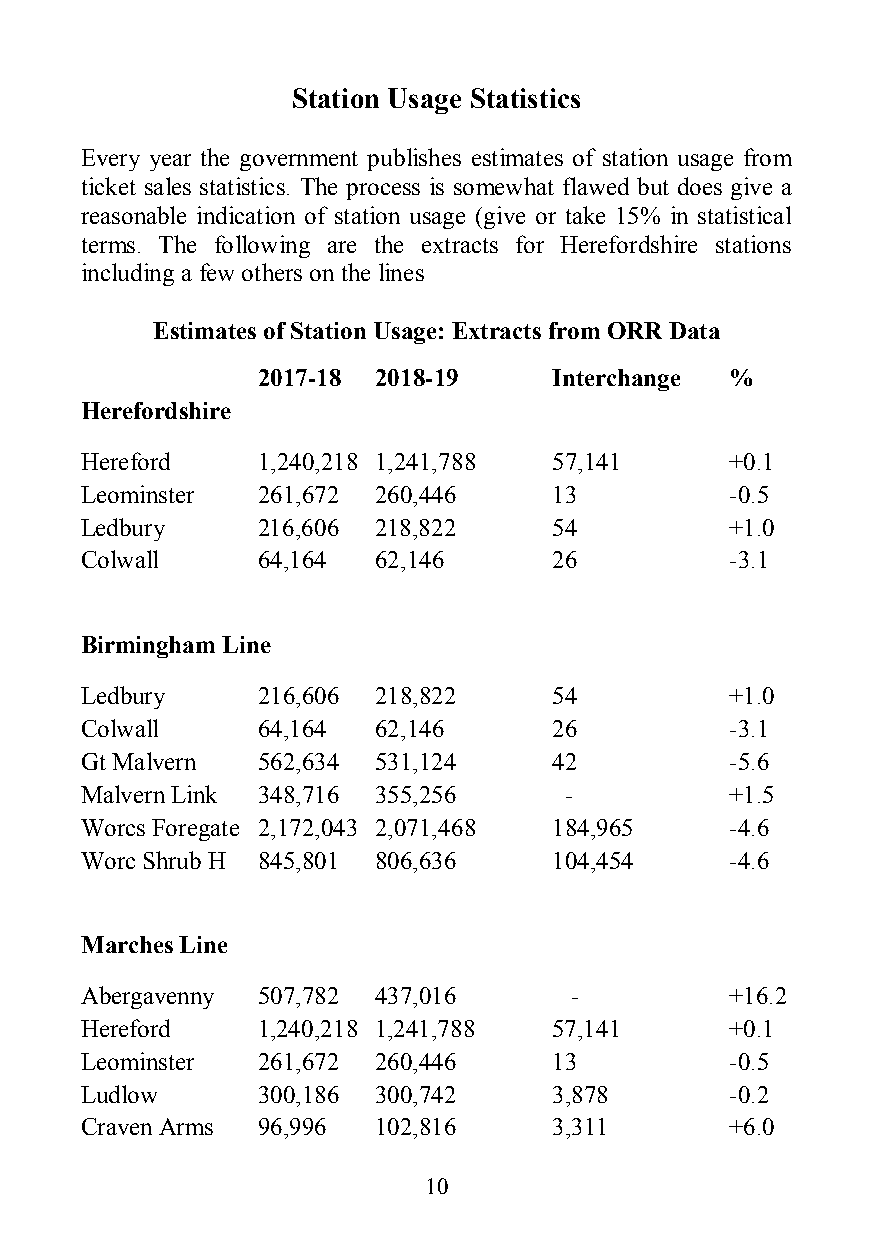
Station Usage Statistics
 Every year the government publishes estimates of station usage from
 ticket sales statistics. The process is somewhat flawed but does give a
 reasonable indication of station usage (give or take 15% in statistical
 terms. The following are the extracts for Herefordshire stations
 including a few others on the lines
 Estimates of Station Usage: Extracts from ORR Data
 2017-18 2018-19     Interchange %
 Herefordshire
 Hereford    1,240,218 1,241,788 57,141     +0.1
 Leominster  261,672 260,446     13         -0.5
 Ledbury     216,606 218,822     54         +1.0
 Colwall     64,164  62,146      26         -3.1
 Birmingham Line
 Ledbury     216,606 218,822     54         +1.0
 Colwall     64,164  62,146      26         -3.1
 Gt Malvern  562,634 531,124     42         -5.6
 Malvern Link 348,716 355,256    -          +1.5
 Worcs Foregate 2,172,043 2,071,468 184,965 -4.6
 Worc Shrub H 845,801 806,636    104,454    -4.6
 Marches Line
 Abergavenny 507,782 437,016      -         +16.2
 Hereford    1,240,218 1,241,788 57,141     +0.1
 Leominster  261,672 260,446     13         -0.5
 Ludlow      300,186 300,742     3,878      -0.2
 Craven Arms 96,996  102,816     3,311      +6.0
 10